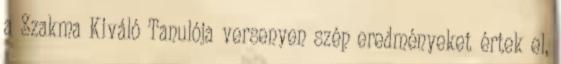
a Szakma Kiváló Tanulója versenyen szép eredményeket értek el,